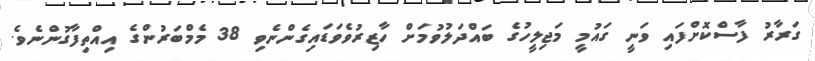
ގަރާރު ފާސްކޮށްފައި ވަނީ ގައުމީ މަޖިލީހުގެ ބައްދަލުވުމަށް ހާޒިރުވެވަޑައިގެންނެވި 38 މެމްބަރުންގެ އިއްތިފާގުންނެވެ.